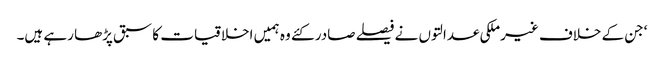
‘جن کے خلاف غیرملکی عدالتوں نے فیصلے صادر کئے وہ ہمیں اخلاقیات کا سبق پڑھا رہے ہیں۔